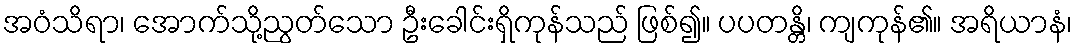
အဝံသိရာ၊ အောက်သို့ညွတ်သော ဦးခေါင်းရှိကုန်သည် ဖြစ်၍။ ပပတန္တိ၊ ကျကုန်၏။ အရိယာနံ၊